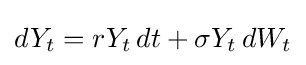
dY_{t}=rY_{t}\,dt+\sigma Y_{t}\,dW_{t}